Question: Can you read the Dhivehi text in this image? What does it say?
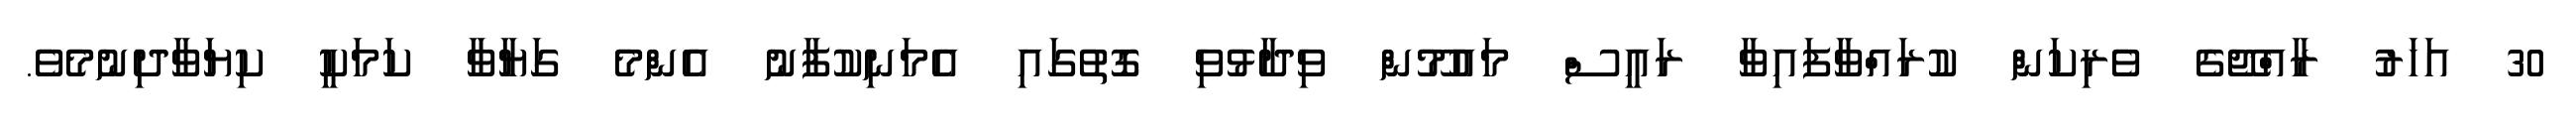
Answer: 30 އަހަރު ރާއްޖޭގެ ވެރިކަން ކުރައްވާފައިވާ ރައީސް މައުމޫން ވިދާޅުވި ގޮތުގައި އެމަނިކުފާނު އެންމެ ގަޔާވާ ކަމަކީ ކިޔަވާދިނުމެވެ.